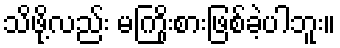
သိဖို့လည်း မကြိုးစားဖြစ်ခဲ့ပါဘူး။